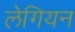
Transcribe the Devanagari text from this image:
लेगियन